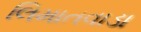
લિમાતવાડા